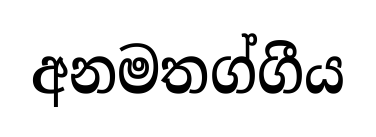
අනමතග්ගීය